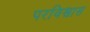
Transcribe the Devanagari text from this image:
परविश्वास